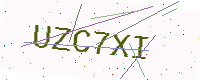
Text: UZC7XI